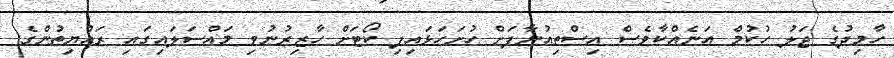
ހާމިދުގެ ޖަލު ހުކުމް އަނެއްކާވެސް އިސްތިއުނާފަށް ހުށަހަޅައިފި ކޯޓަށް ހާޒިރުނުވި މައްސަލައިގައި ރައްޔިތުންގެ